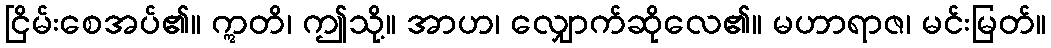
ငြိမ်းစေအပ်၏။ ဣတိ၊ ဤသို့။ အာဟ၊ လျှောက်ဆိုလေ၏။ မဟာရာဇ၊ မင်းမြတ်။